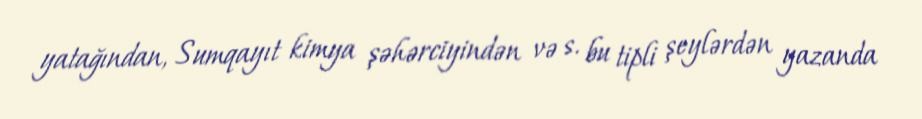
yatağından, Sumqayıt kimya şəhərciyindən və s. bu tipli şeylərdən yazanda